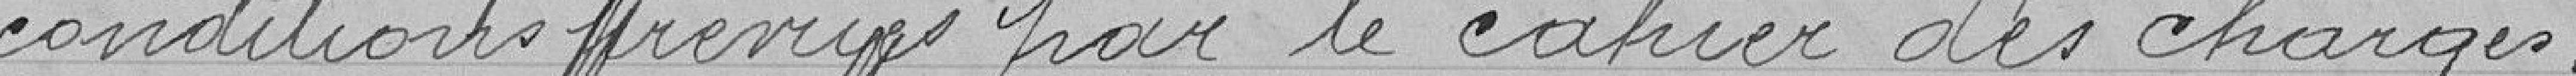
conditions prévues par le cahier des charges .